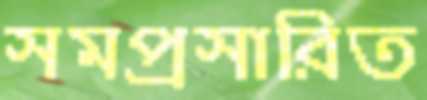
সমপ্রসারিত